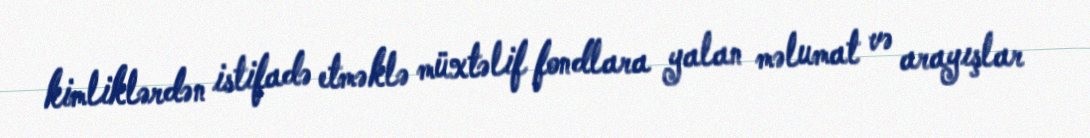
kimliklərdən istifadə etməklə müxtəlif fondlara yalan məlumat və arayışlar